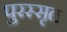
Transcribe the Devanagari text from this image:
पुरस्सृत